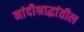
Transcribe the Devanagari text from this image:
नांदीश्राद्धांतील